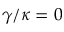
\gamma / \kappa = 0